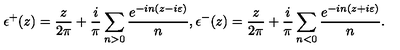
\epsilon ^ { + } ( z ) = \frac { z } { 2 \pi } + \frac { i } { \pi } \sum _ { n > 0 } \frac { e ^ { - i n ( z - i \varepsilon ) } } { n } , \epsilon ^ { - } ( z ) = \frac { z } { 2 \pi } + \frac { i } { \pi } \sum _ { n < 0 } \frac { e ^ { - i n ( z + i \varepsilon ) } } { n } .